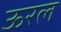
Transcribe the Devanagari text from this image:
ऊरल